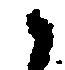
候